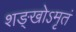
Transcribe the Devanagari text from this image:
शङ्खोऽमृतं